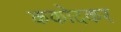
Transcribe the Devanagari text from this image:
ककोदकर